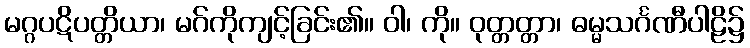
မဂ္ဂပဋိပတ္တိယာ၊ မဂ်ကိုကျင့်ခြင်း၏။ ဝါ၊ ကို။ ဝုတ္တတ္တာ၊ ဓမ္မသင်္ဂဏီပါဠိ၌